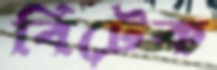
বিটেক